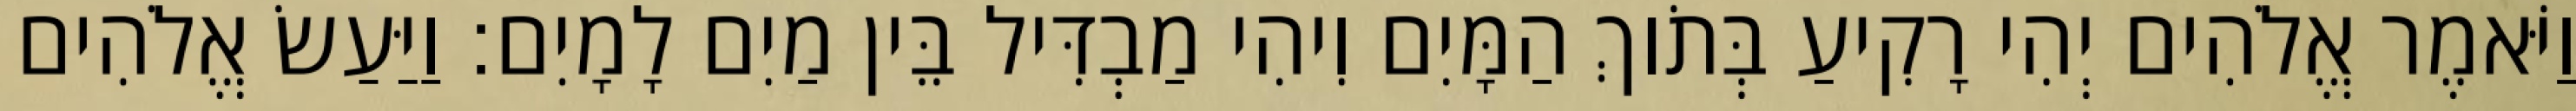
וַיֹּאמֶר אֱלֹהִים יְהִי רָקִיעַ בְּתֹוךְ הַמָּיִם וִיהִי מַבְדִּיל בֵּין מַיִם לָמָיִם׃ וַיַּעַשׂ אֱלֹהִים